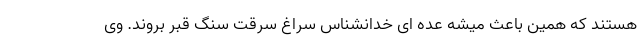
هستند که همین باعث میشه عده ای خدانشناس سراغ سرقت سنگ قبر بروند. وی